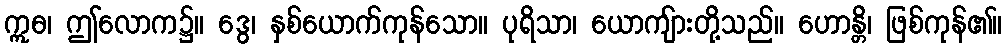
ဣဓ၊ ဤလောက၌။ ဒွေ၊ နှစ်ယောက်ကုန်သော။ ပုရိသာ၊ ယောကျ်ားတို့သည်။ ဟောန္တိ၊ ဖြစ်ကုန်၏။